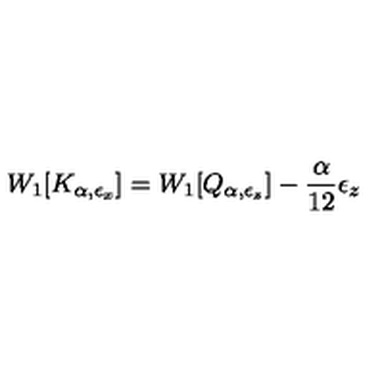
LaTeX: W _ { 1 } [ K _ { \alpha , \epsilon _ { x } } ] = W _ { 1 } [ Q _ { \alpha , \epsilon _ { z } } ] - { \frac { \alpha } { 1 2 } } \epsilon _ { z }